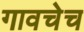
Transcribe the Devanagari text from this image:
गावचेच